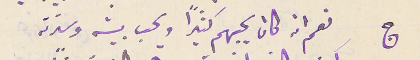
ج نعم انه كان يحبهم كثيرًا ويحب بيته وسترته